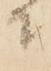
に